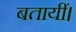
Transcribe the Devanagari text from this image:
बतायीं।